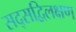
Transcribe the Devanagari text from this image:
सद्सद्विलक्षण